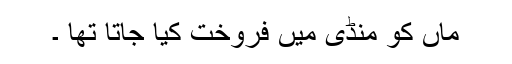
ماں کو منڈی میں فروخت کیا جاتا تھا ۔